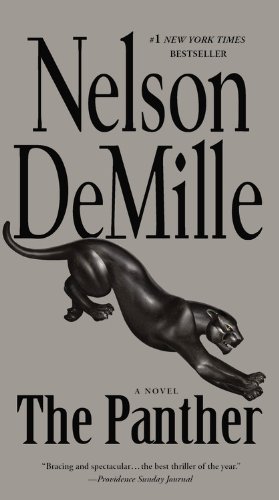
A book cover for The Panther (A John Corey Novel); Nelson DeMille; Literature & Fiction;